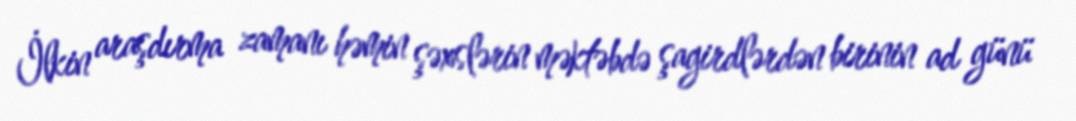
İlkin araşdırma zamanı həmin şəxslərin məktəbdə şagirdlərdən birinin ad günü